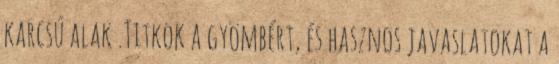
karcsú alak .Titkok a gyömbért, és hasznos javaslatokat a